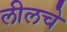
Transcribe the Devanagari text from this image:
लीलचे